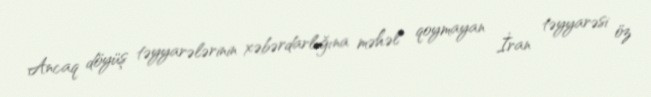
Ancaq döyüş təyyarələrinin xəbərdarlığına məhəl qoymayan İran təyyarəsi öz